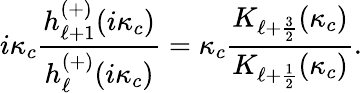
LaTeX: i\kappa_{c}\frac{h_{\ell+1}^{(+)}(i\kappa_{c})}{h_{\ell}^{(+)}(i\kappa_{c})}=\kappa_{c}\frac{K_{\ell+\frac{3}{2}}(\kappa_{c})}{K_{\ell+\frac{1}{2}}(\kappa_{c})}.